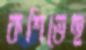
কশিতেছ